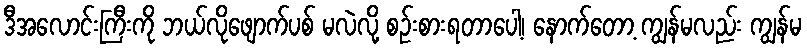
ဒီအလောင်းကြီးကို ဘယ်လိုဖျောက်ပစ် မလဲလို့ စဉ်းစားရတာပေါ့၊ နောက်တော့ ကျွန်မလည်း ကျွန်မ